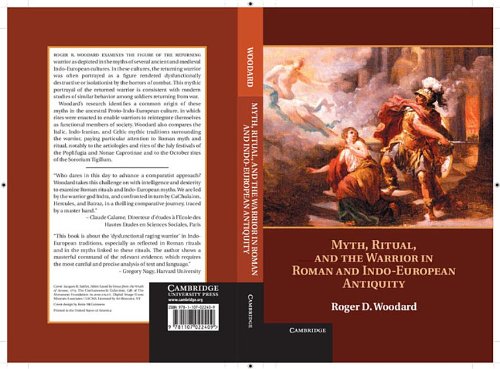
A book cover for Myth, Ritual, and the Warrior in Roman and Indo-European Antiquity; Roger D. Woodard; Literature & Fiction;